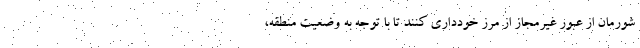
شورمان از عبور غیرمجاز از مرز خودداری کنند تا با توجه به وضعیت منطقه،